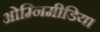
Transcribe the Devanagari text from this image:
ओम्‍निमीडिया